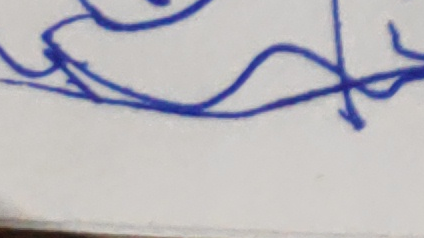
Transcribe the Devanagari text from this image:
सुय